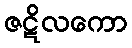
ဇဋိလကော